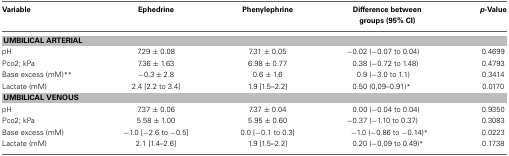
| Variable | Ephedrine | Phenylephrine | Difference between groups (95% CI) | p-Value |
 | --- | --- | --- | --- | --- |
 | <COLSPAN=5> UMBILICAL ARTERIAL |
 | pH | 7.29 ± 0.08 | 7.31 ± 0.05 | −0.02 (−0.07 to 0.04) | 0.4699 |
 | Pco2; kPa | 7.36 ± 1.63 | 6.98 ± 0.77 | 0.38 (−0.72 to 1.48) | 0.4793 |
 | Base excess (mM)** | −0.3 ± 2.8 | 0.6 ± 1.6 | 0.9 (−3.0 to 1.1) | 0.3414 |
 | Lactate (mM) | 2.4 [2.2 to 3.4] | 1.9 [1.5–2.2] | 0.50 (0,09–0.91)* | 0.0170 |
 | <COLSPAN=5> UMBILICAL VENOUS |
 | pH | 7.37 ± 0.06 | 7.37 ± 0.04 | 0.00 (−0.04 to 0.04) | 0.9350 |
 | Pco2; kPa | 5.58 ± 1.00 | 5.95 ± 0.60 | −0.37 (−1.10 to 0.37) | 0.3083 |
 | Base excess (mM) | −1.0 [−2.6 to −0.5] | 0.0 [−0.1 to 0.3] | −1.0 (−0.86 to −0.14)* | 0.0223 |
 | Lactate (mM) | 2.1 [1.4–2.6] | 1.9 [1.5–2.2] | 0.20 (−0,09 to 0.49)* | 0.1738 |